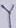
Text: Y